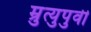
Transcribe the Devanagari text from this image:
म्रुत्युपुर्वी